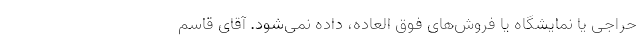
حراجی یا نمایشگاه یا فروش‌های فوق العاده، داده نمی‌شود. آقای قاسم